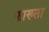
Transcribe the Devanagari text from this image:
फाख्‍ता